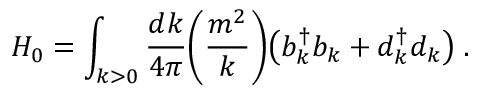
H _ { 0 } = \int _ { k > 0 } { \frac { d k } { 4 \pi } } \Biggl ( { \frac { m ^ { 2 } } { k } } \Biggr ) \bigl ( b _ { k } ^ { \dagger } b _ { k } + d _ { k } ^ { \dagger } d _ { k } \bigr ) \; .